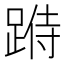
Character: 𨂄